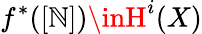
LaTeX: f^{*}([\mathbb{N}])\inH^{i}(X)